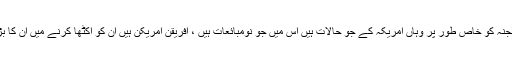
تو اس طرح لجنہ کو خاص طور پر وہاں امریکہ کے جو حالات ہیں اس میں جو نومبائعات ہیں ، افریقن امریکن ہیں ان کو اکٹھا کرنے میں ان کا بڑا کردار ہے۔